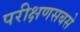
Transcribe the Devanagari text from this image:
परीक्षणसबसे